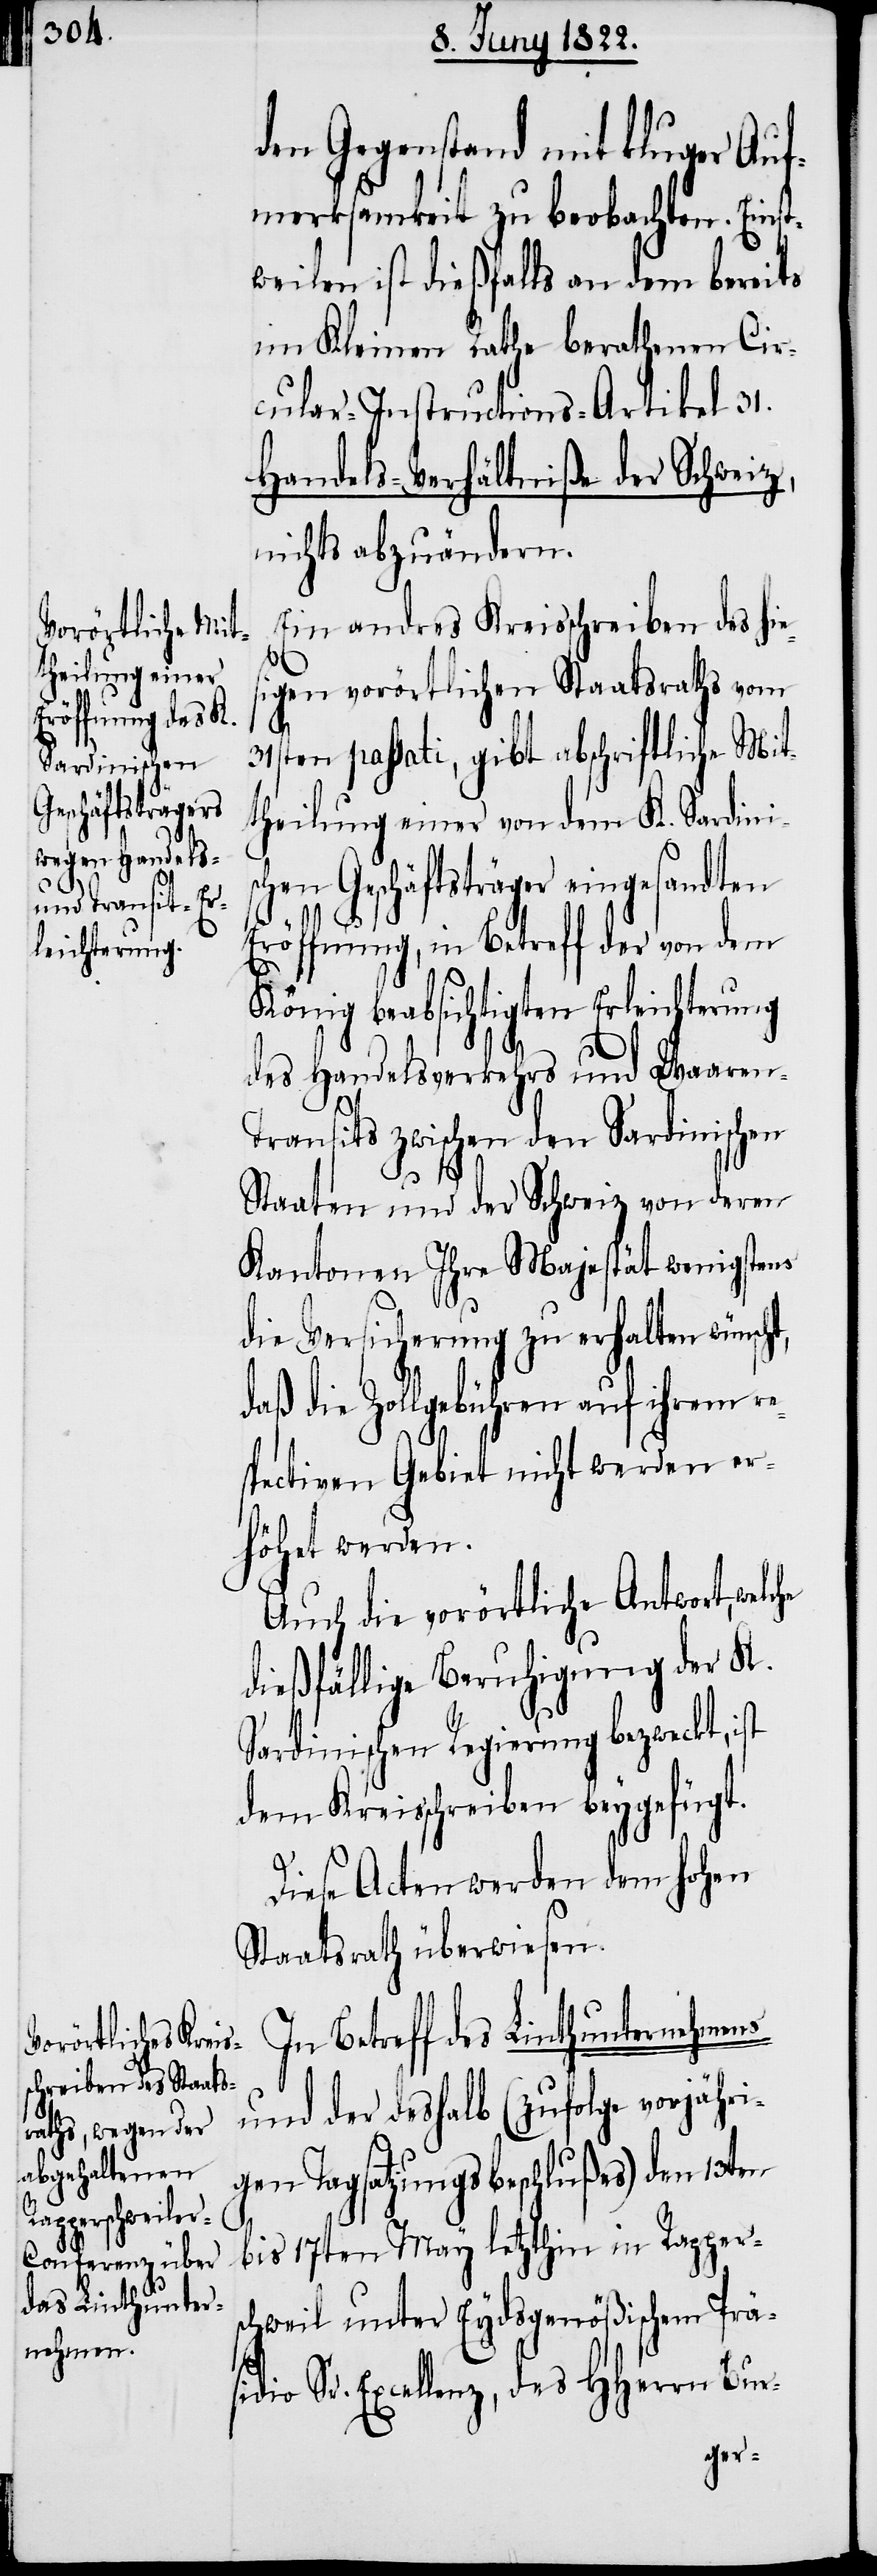
den Gegenstand mit kluger Auf¬
merksamkeit zu beobachten. Einst¬
weilen ist dießfalls an dem bereits
im Kleinen Rathe berathenen Cir¬
cular-Instructions-Artikel 31.
Handels-Verhältniße der Schweiz,
nichts abzuändern.
Ein andres Kreisschreiben des hi¬
es¬
igen vorörtlichen Staatsraths vom
he
31sten passati, gibt abschriftliche Mit¬
theilung einer von dem K. Sardinis¬
chen Geschäftsträger eingesandten
Eröffnung, in Betreff der von dem
König beabsichtigten Erleichterung
des Handelsverkehrs und Waaren-T¬
ransits zwischen den Sardinischen
Staaten und der Schweiz von deren
Kantone Ihre Majestät wenigstens
die Versicherung zu erhalten wünsch¬
daß die Zollgebühren auf ihrem re¬
spectiven Gebiet nicht werden er¬
höhet werden.
Auch die vorörtliche Antwort, welc¬
dießfällige Beruhigung der K.
Sardinischen Regierung bezweckt, ist
dem Kreisschreiben beygefügt.
Diese Acten werden dem hohen
Staatsrath überwiesen.
In Betreff des Linthunternehmens
und der deshalb (zufolge vorjähri¬
gen Tagsatzungsbeschlußes) den 13ten
bis 17ten May letzthin in Rappers¬
chweil unter Eydsgenößischem Präs¬
idio Sr. Excellenz, des HHerrn Bur-